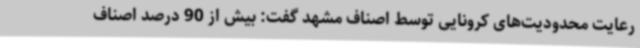
رعایت محدودیت‌های کرونایی توسط اصناف مشهد گفت: بیش از 90 درصد اصناف